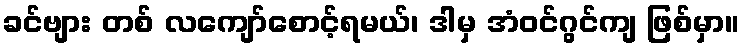
ခင်ဗျား တစ် လကျော်စောင့်ရမယ်၊ ဒါမှ အံဝင်ဂွင်ကျ ဖြစ်မှာ။